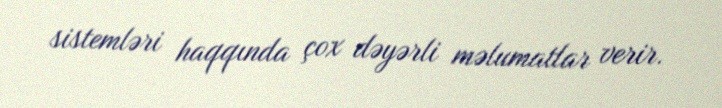
sistemləri haqqında çox dəyərli məlumatlar verir.